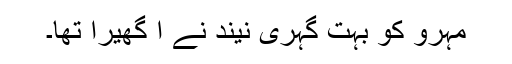
مہرو کو بہت گہری نیند نے آ گھیرا تھا۔